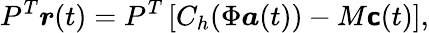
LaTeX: P^{T}\boldsymbol{r}(t)=P^{T}\left[C_{h}(\Phi\boldsymbol{a}(t))-M\boldsymbol{\mathsf{c}}(t)\right],